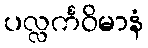
ပလ္လင်္ကဝိမာနံ